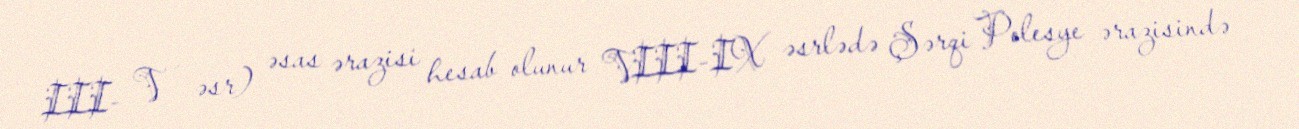
III- V əsr) əsas ərazisi hesab olunur VIII-IX əsrlədə Şərqi Polesye ərazisində